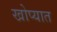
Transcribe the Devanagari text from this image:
खोप्यात